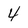
Character: 4